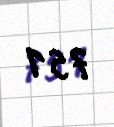
751